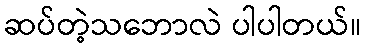
ဆပ်တဲ့သဘောလဲ ပါပါတယ်။